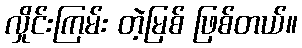
လှိုင်းကြမ်း တဲ့မြစ် ဖြစ်တယ်။